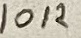
Text: 10K